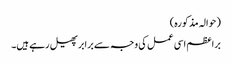
(حوالہ مذکورہ)
براعظم اسی عمل کی وجہ سے برابرپھیل رہے ہیں۔